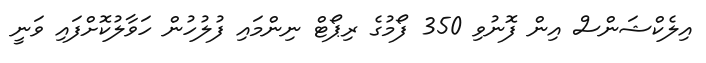
އިލެކްޝަންސް އިން ފޮނުވި 350 ފޯމުގެ ރިޕޯޓް ނިންމައި ފުލުހުން ހަވާލުކޮށްފައި ވަނީ